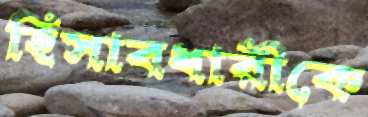
হিসাবধারীকে